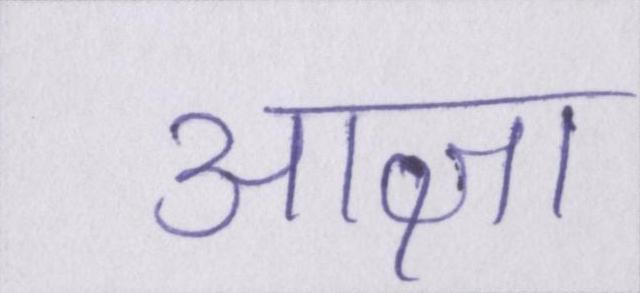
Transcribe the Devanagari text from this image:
आज्ञा